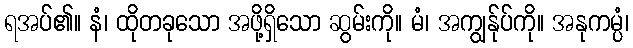
ရအပ်၏။ နံ၊ ထိုတခုသော အဖို့ရှိသော ဆွမ်းကို။ မံ၊ အကျွန်ုပ်ကို။ အနုကမ္ပံ၊